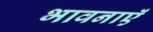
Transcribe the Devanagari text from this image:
भावनाएॅं